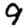
Digit: 9